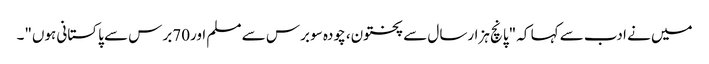
میں نے ادب سے کہا کہ "پانچ ہزارسال سے پختون، چودہ سو برس سے مسلم اور70برس سے پاکستانی ہوں"۔